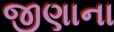
જીણાના